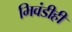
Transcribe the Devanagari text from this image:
भिवंडीही